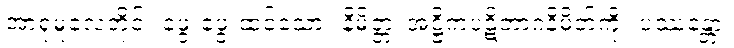
အာရုံမူလေတိုင်း ဖွေးဖွေးထင်သော။ နိမိတ္တံ၊ အဋ္ဌိကပဋိဘာဂနိမိတ်ကို။ ပဿန္တော၊